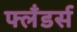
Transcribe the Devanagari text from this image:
फ्लँडर्स